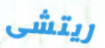
ريتشى